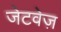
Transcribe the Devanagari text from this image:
जेटवेज़